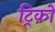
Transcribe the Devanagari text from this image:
ट्रिकों